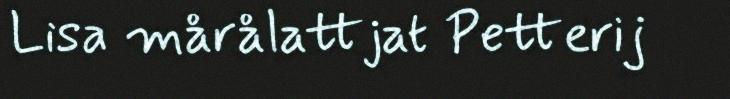
Lisa mårålattjat Petterij